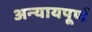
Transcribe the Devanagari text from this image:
अन्‍यायपूर्ण